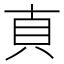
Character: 𰶱